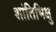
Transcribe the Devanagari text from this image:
शांतिभिक्षु